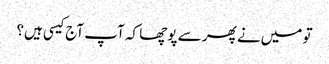
تو میں‌نے پھر سے پوچھا کہ آپ آج کیسی ہیں؟